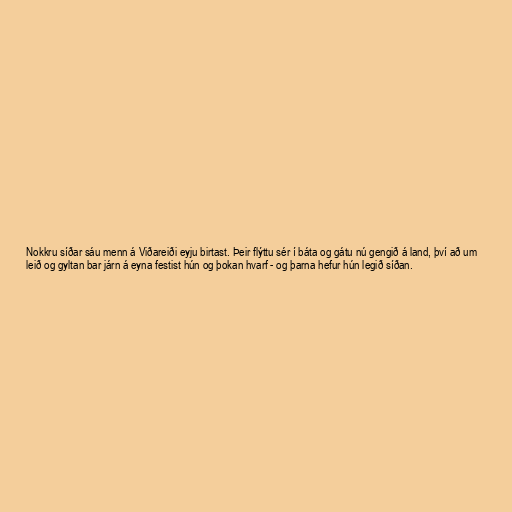
Nokkru síðar sáu menn á Viðareiði eyju birtast. Þeir flýttu sér í báta og gátu nú gengið á land, því að um
leið og gyltan bar járn á eyna festist hún og þokan hvarf - og þarna hefur hún legið síðan.